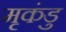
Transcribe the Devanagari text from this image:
मृकंडु